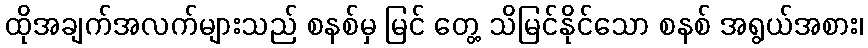
ထိုအချက်အလက်များသည် စနစ်မှ မြင် တွေ့ သိမြင်နိုင်သော စနစ် အရွယ်အစား၊